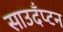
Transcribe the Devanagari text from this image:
साउदँप्टन